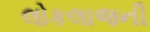
લોકલાજની